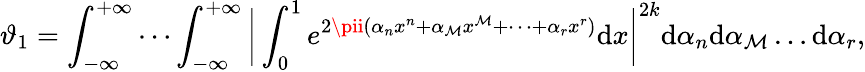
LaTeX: \vartheta_{1}=\int_{-\infty}^{+\infty}\cdots\int_{-\infty}^{+\infty}{\biggl|}\int_{0}^{1}e^{2\pii(\alpha_{n}x^{n}+\alpha_{\mathcal{M}}x^{\mathcal{M}}+\cdots+\alpha_{r}x^{r})}\mathrm{d}x{\biggr|}^{2k}\mathrm{d}\alpha_{n}\mathrm{d}\alpha_{\mathcal{M}}\ldots\mathrm{d}\alpha_{r},